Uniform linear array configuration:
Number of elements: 16
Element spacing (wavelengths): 0.75
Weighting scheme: binomial
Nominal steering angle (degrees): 45
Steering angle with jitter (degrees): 45.875
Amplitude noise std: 0.05
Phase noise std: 0.05

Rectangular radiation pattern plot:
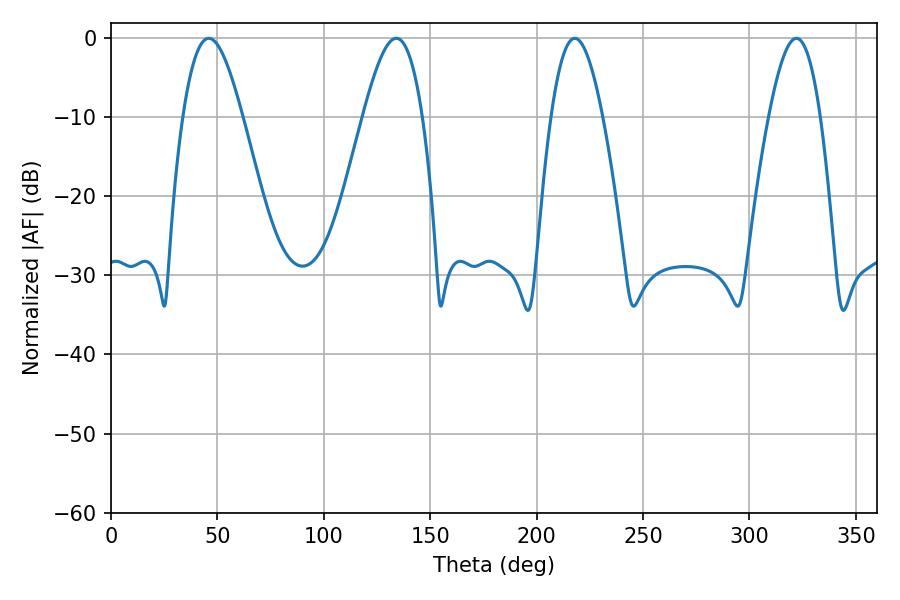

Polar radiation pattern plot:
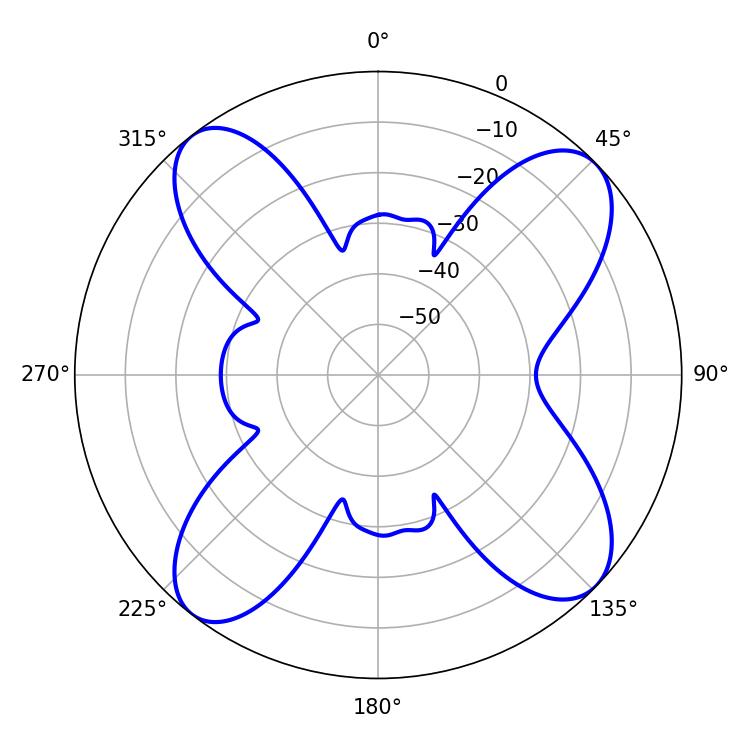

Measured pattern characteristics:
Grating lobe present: TRUE
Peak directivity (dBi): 12.587
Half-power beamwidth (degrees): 15.12
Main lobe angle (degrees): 45.9